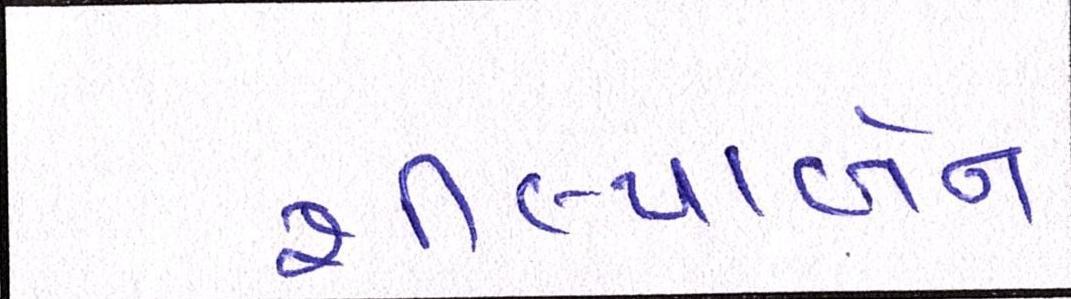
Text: શીલ્પાબેન